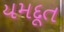
યમદૂત